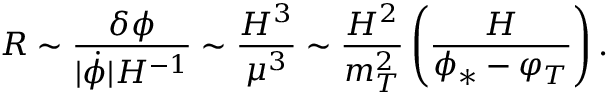
{ \cal R } \sim \frac { \delta \phi } { \vert \dot { \phi } \vert H ^ { - 1 } } \sim \frac { H ^ { 3 } } { \mu ^ { 3 } } \sim \frac { H ^ { 2 } } { m _ { T } ^ { 2 } } \left( \frac { H } { \phi _ { \ast } - \varphi _ { T } } \right) .